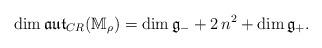
LaTeX: \begin{align*} {\rm dim}\,\frak{aut}_{CR}(\mathbb M_\rho)={\rm dim}\,\frak g_-+2\,n^2+{\rm dim}\,\frak g_+. \end{align*}